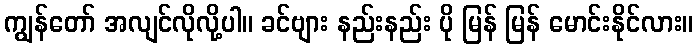
ကျွန်တော် အလျင်လိုလို့ပါ။ ခင်ဗျား နည်းနည်း ပို မြန် မြန် မောင်းနိုင်လား။